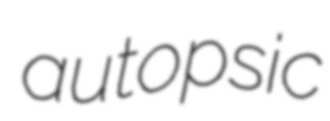
autopsic